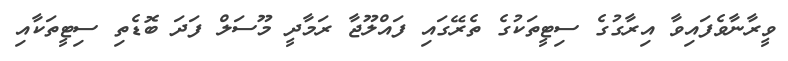
ވީރާނާވެފައިވާ އިރާގުގެ ސިޓީތަކުގެ ތެރޭގައި ފައްލޫޖާ ރަމާދީ މޫސަލް ފަދަ ބޮޑެތި ސިޓީތަކާއި